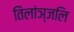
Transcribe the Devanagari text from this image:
तिलांञ्जलि